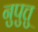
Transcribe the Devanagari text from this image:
नुपुत्तु